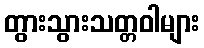
တွားသွားသတ္တဝါများ